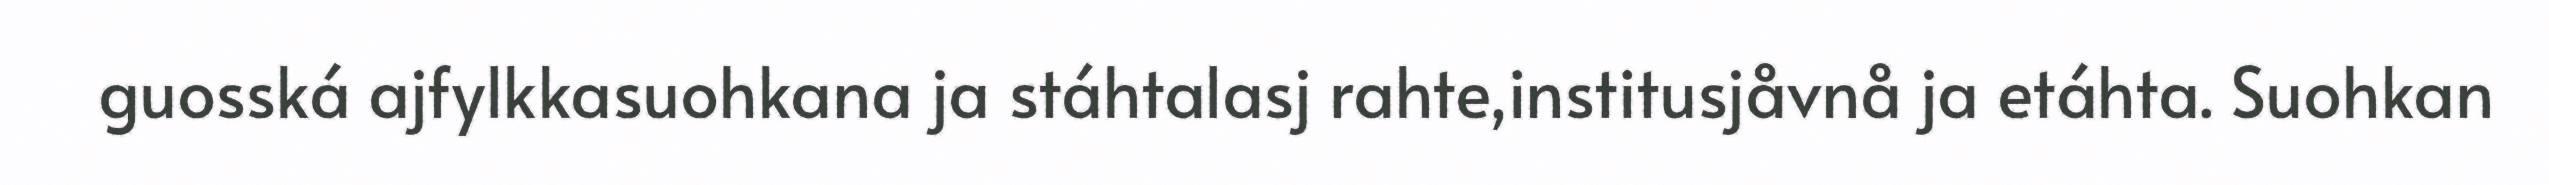
guosská ajfylkkasuohkana ja stáhtalasj rahte,institusjåvnå ja etáhta. Suohkan